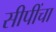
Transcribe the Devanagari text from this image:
सीपींचा